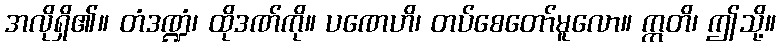
အလိုရှိ၏။ တံဒဏ္ဍံ၊ ထိုဒဏ်ကို။ ပဏေဟိ၊ တပ်စေတော်မူလော။ ဣတိ၊ ဤသို့။